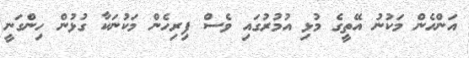
އަންހެން މަކުނު އޭތީގެ މުޅި އުމުރުގައި ވެސް ފިރިހެން މަކުނަކާ ގުޅުން ހިންގަނީ